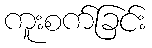
ကူးစက်ခြင်း